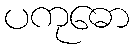
ပကုဓော